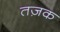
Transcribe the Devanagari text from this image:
तज़क